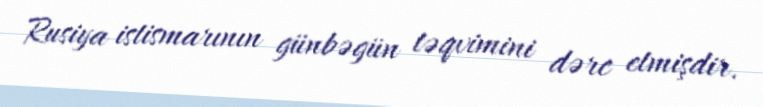
Rusiya istismarının günbəgün təqvimini dərc etmişdir.